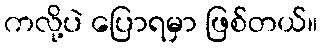
ကလို့ပဲ ပြောရမှာ ဖြစ်တယ်။